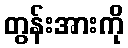
တွန်းအားကို